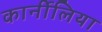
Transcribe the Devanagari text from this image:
कार्नीलिया